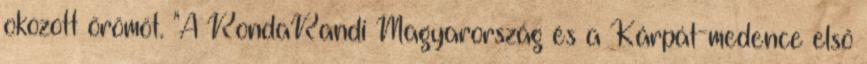
okozott örömöt. "A RondaRandi Magyarország és a Kárpát-medence első